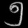
Digit: ၅